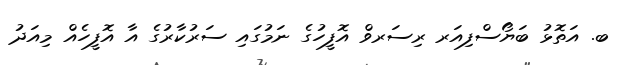
ބ. އަތޮޅު ބަޔޯސްފިއަރ ރިސަރވް އޮފީހުގެ ނަމުގައި ސަރުކާރުގެ އާ އޮފީހެއް މިއަދު